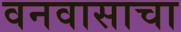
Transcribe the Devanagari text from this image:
वनवासाचा